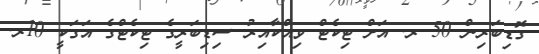
ގޮޑިބަރިން 50 ރ. އަށް ޓިކެޓް ވިއްކާއިރު ސިޑިބަރީގެ ޓިކެޓްގެ އަގަކީ 10ރ.